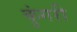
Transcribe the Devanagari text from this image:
कुंगरी